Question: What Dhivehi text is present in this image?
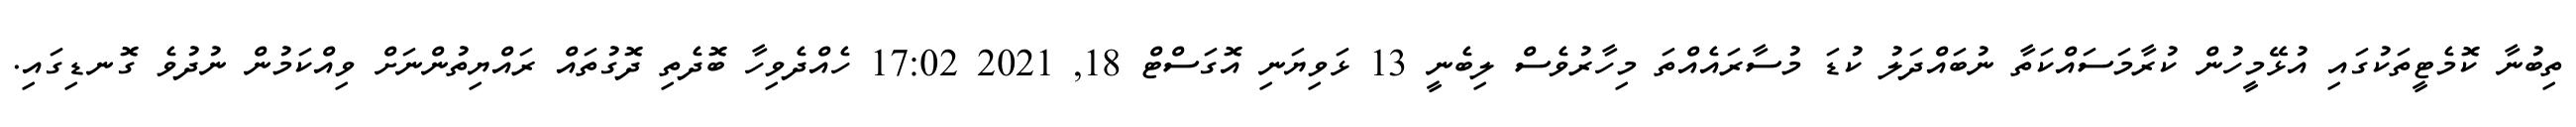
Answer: ތިބުނާ ކޮމެޓީތަކުގައި އުޅޭމީހުން ކުރާމަސައްކަތާ ނުބައްދަލު ކުޑަ މުސާރައެއްތަ މިހާރުވެސް ލިބެނީ 13 ޅަވިޔަނި އޮގަސްޓް 18, 2021 17:02 ހެއްދެވިހާ ބޮދެތި ދޮގުތައް ރައްޔިތުންނަށް ވިއްކަމުން ނުދުވެ ގޮނޑިގައި.